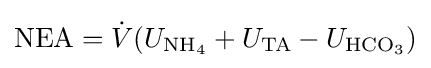
{\mathrm {NEA} }={\dot {V}}(U_{\mathrm {NH} {\vphantom {A}}_{\smash[{t}]{4}}}+U_{\mathrm {TA} }-U_{\mathrm {HCO} {\vphantom {A}}_{\smash[{t}]{3}}})